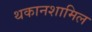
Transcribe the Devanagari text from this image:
थकानशामिल